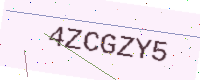
Text: 4ZCGZY5